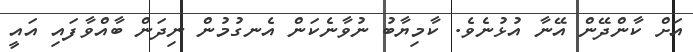
އަށް ކާންދޭން އޭނާ އުޅުނެވެ. ކާމިޔާބު ނުވާނެކަން އެނގުމުން ނިދަން ބާއްވާފައި އައީ